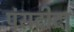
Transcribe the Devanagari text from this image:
पंसदीदा